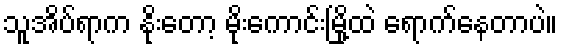
သူအိပ်ရာက နိုးတော့ မိုးကောင်းမြို့ထဲ ရောက်နေတာပဲ။